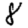
Digit: 8